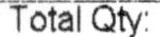
TOTAL QTY: